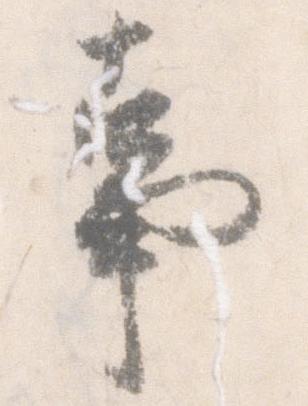
事